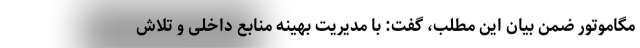
مگاموتور ضمن بیان این مطلب، گفت: با مدیریت بهینه منابع داخلی و تلاش